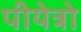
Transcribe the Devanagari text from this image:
पीयेत्रो